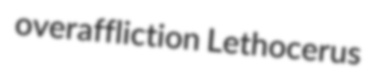
overaffliction Lethocerus